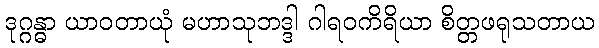
ဒုဂ္ဂန္ဓာ ယာဝတာယုံ မဟာသုဘဒ္ဒါ ဂါရဝကိရိယာ စိတ္တဖရုသတာယ